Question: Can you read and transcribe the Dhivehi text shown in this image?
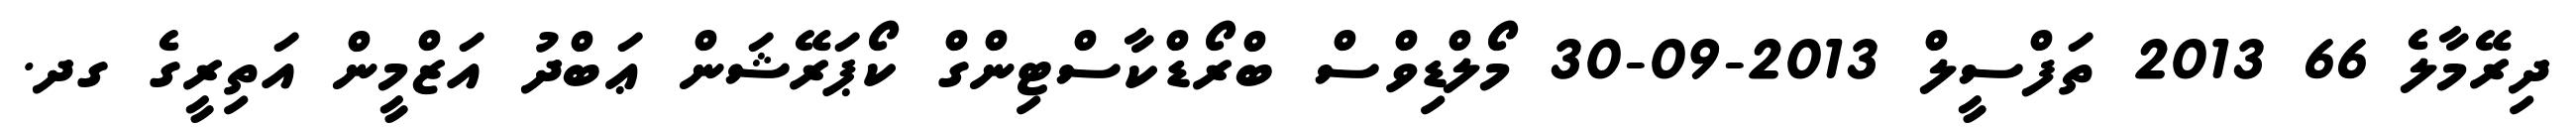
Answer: ދިރޭމާލެ 66 2013 ތަފްސީލް 2013-09-30 މޯލްޑިވްސް ބްރޯޑްކާސްޓިންގް ކޯޕަރޭޝަން ޢަބްދު އަޒްމީން އަތިރީގެ ގދ.